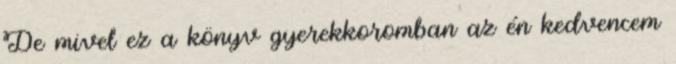
De mivel ez a könyv gyerekkoromban az én kedvencem